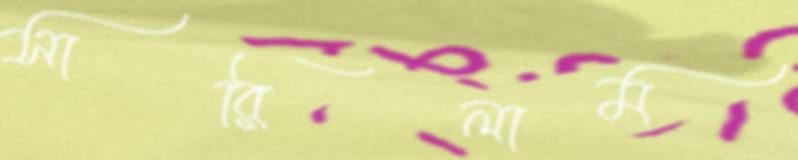
সারিলাম